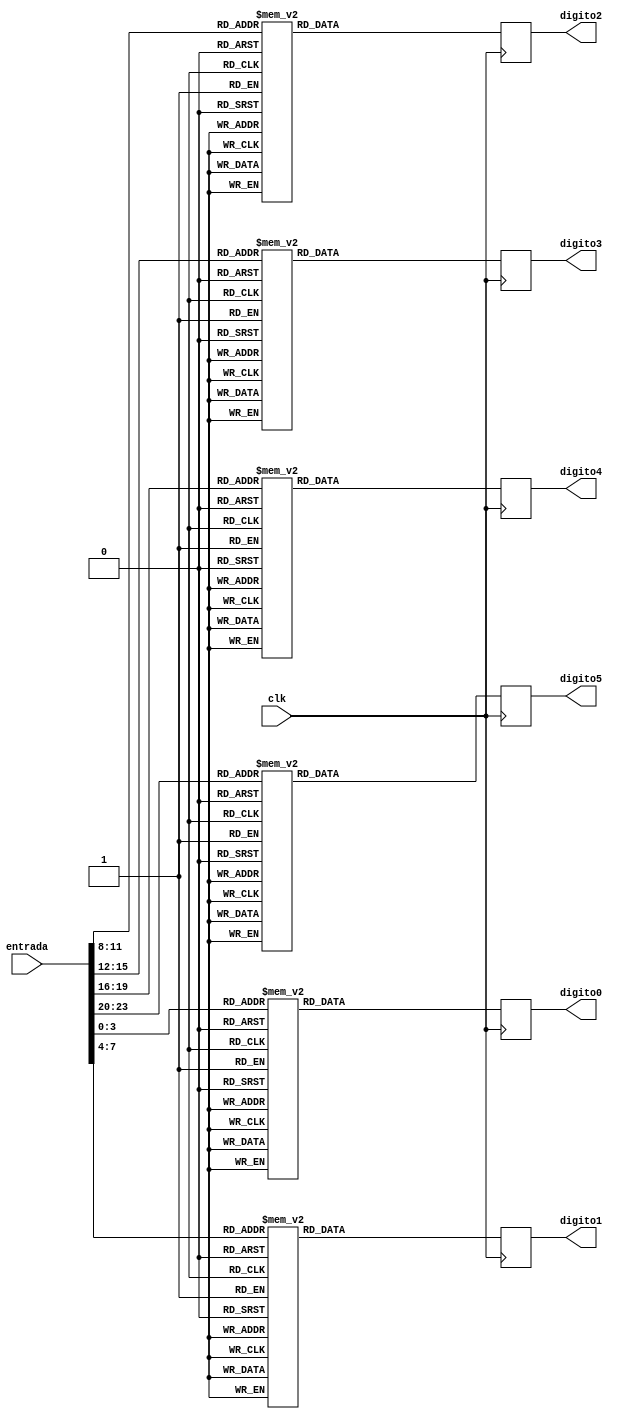
module conversor_bin_hex7seg(
    input clk,
    input [23:0] entrada,
    output reg [6:0] digito0, // digito da direita
    output reg [6:0] digito1,
    output reg [6:0] digito2,
    output reg [6:0] digito3,
    output reg [6:0] digito4,
    output reg [6:0] digito5  // digito da esquerda
);

    reg [4:0] digito0bin, digito1bin, digito2bin, digito3bin, digito4bin, digito5bin;

    always @(negedge clk) begin
        digito0bin = {entrada[3:0]};
        digito1bin = {entrada[7:4]};
        digito2bin = {entrada[11:8]};
        digito3bin = {entrada[15:12]};
        digito4bin = {entrada[19:16]};
        digito5bin = {entrada[23:20]};

        
        case(digito0bin)
            4'b0000: digito0 = 7'b1111110; // 0
            4'b0001: digito0 = 7'b0110000; // 1
            4'b0010: digito0 = 7'b1101101; // 2
            4'b0011: digito0 = 7'b1111001; // 3
            4'b0100: digito0 = 7'b0110011; // 4
            4'b0101: digito0 = 7'b1011011; // 5
            4'b0110: digito0 = 7'b1011111; // 6
            4'b0111: digito0 = 7'b1110000; // 7
            4'b1000: digito0 = 7'b1111111; // 8
            4'b1001: digito0 = 7'b1111011; // 9
            4'b1010: digito0 = 7'b1110111; // a
            4'b1011: digito0 = 7'b0011111; // b
            4'b1100: digito0 = 7'b1001110; // c
            4'b1101: digito0 = 7'b0111101; // d
            4'b1110: digito0 = 7'b1001111; // e
            4'b1111: digito0 = 7'b1000111; // f
            default: digito0 = 7'b0000000; // entrada invlida
        endcase
        
        case(digito1bin)
            4'b0000: digito1 = 7'b1111110; // 0
            4'b0001: digito1 = 7'b0110000; // 1
            4'b0010: digito1 = 7'b1101101; // 2
            4'b0011: digito1 = 7'b1111001; // 3
            4'b0100: digito1 = 7'b0110011; // 4
            4'b0101: digito1 = 7'b1011011; // 5
            4'b0110: digito1 = 7'b1011111; // 6
            4'b0111: digito1 = 7'b1110000; // 7
            4'b1000: digito1 = 7'b1111111; // 8
            4'b1001: digito1 = 7'b1111011; // 9
            4'b1010: digito1 = 7'b1110111; // a
            4'b1011: digito1 = 7'b0011111; // b
            4'b1100: digito1 = 7'b1001110; // c
            4'b1101: digito1 = 7'b0111101; // d
            4'b1110: digito1 = 7'b1001111; // e
            4'b1111: digito1 = 7'b1000111; // f
            default: digito1 = 7'b0000000; // entrada invlida
        endcase

        case(digito2bin)
            4'b0000: digito2 = 7'b1111110; // 0
            4'b0001: digito2 = 7'b0110000; // 1
            4'b0010: digito2 = 7'b1101101; // 2
            4'b0011: digito2 = 7'b1111001; // 3
            4'b0100: digito2 = 7'b0110011; // 4
            4'b0101: digito2 = 7'b1011011; // 5
            4'b0110: digito2 = 7'b1011111; // 6
            4'b0111: digito2 = 7'b1110000; // 7
            4'b1000: digito2 = 7'b1111111; // 8
            4'b1001: digito2 = 7'b1111011; // 9
            4'b1010: digito2 = 7'b1110111; // a
            4'b1011: digito2 = 7'b0011111; // b
            4'b1100: digito2 = 7'b1001110; // c
            4'b1101: digito2 = 7'b0111101; // d
            4'b1110: digito2 = 7'b1001111; // e
            4'b1111: digito2 = 7'b1000111; // f
            default: digito2 = 7'b0000000; // entrada invlida
        endcase

        case(digito3bin)
            4'b0000: digito3 = 7'b1111110; // 0
            4'b0001: digito3 = 7'b0110000; // 1
            4'b0010: digito3 = 7'b1101101; // 2
            4'b0011: digito3 = 7'b1111001; // 3
            4'b0100: digito3 = 7'b0110011; // 4
            4'b0101: digito3 = 7'b1011011; // 5
            4'b0110: digito3 = 7'b1011111; // 6
            4'b0111: digito3 = 7'b1110000; // 7
            4'b1000: digito3 = 7'b1111111; // 8
            4'b1001: digito3 = 7'b1111011; // 9
            4'b1010: digito3 = 7'b1110111; // a
            4'b1011: digito3 = 7'b0011111; // b
            4'b1100: digito3 = 7'b1001110; // c
            4'b1101: digito3 = 7'b0111101; // d
            4'b1110: digito3 = 7'b1001111; // e
            4'b1111: digito3 = 7'b1000111; // f
            default: digito3 = 7'b0000000; // entrada invlida
        endcase

        case(digito4bin)
            4'b0000: digito4 = 7'b1111110; // 0
            4'b0001: digito4 = 7'b0110000; // 1
            4'b0010: digito4 = 7'b1101101; // 2
            4'b0011: digito4 = 7'b1111001; // 3
            4'b0100: digito4 = 7'b0110011; // 4
            4'b0101: digito4 = 7'b1011011; // 5
            4'b0110: digito4 = 7'b1011111; // 6
            4'b0111: digito4 = 7'b1110000; // 7
            4'b1000: digito4 = 7'b1111111; // 8
            4'b1001: digito4 = 7'b1111011; // 9
            4'b1010: digito4 = 7'b1110111; // a
            4'b1011: digito4 = 7'b0011111; // b
            4'b1100: digito4 = 7'b1001110; // c
            4'b1101: digito4 = 7'b0111101; // d
            4'b1110: digito4 = 7'b1001111; // e
            4'b1111: digito4 = 7'b1000111; // f
            default: digito4 = 7'b0000000; // entrada invlida
        endcase

        case(digito5bin)
            4'b0000: digito5 = 7'b1111110; // 0
            4'b0001: digito5 = 7'b0110000; // 1
            4'b0010: digito5 = 7'b1101101; // 2
            4'b0011: digito5 = 7'b1111001; // 3
            4'b0100: digito5 = 7'b0110011; // 4
            4'b0101: digito5 = 7'b1011011; // 5
            4'b0110: digito5 = 7'b1011111; // 6
            4'b0111: digito5 = 7'b1110000; // 7
            4'b1000: digito5 = 7'b1111111; // 8
            4'b1001: digito5 = 7'b1111011; // 9
            4'b1010: digito5 = 7'b1110111; // a
            4'b1011: digito5 = 7'b0011111; // b
            4'b1100: digito5 = 7'b1001110; // c
            4'b1101: digito5 = 7'b0111101; // d
            4'b1110: digito5 = 7'b1001111; // e
            4'b1111: digito5 = 7'b1000111; // f
            default: digito5 = 7'b0000000; // entrada invlida
        endcase
    
    end

endmodule